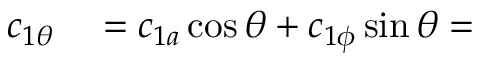
\begin{array} { r l } { c _ { 1 \theta } } & { { } = c _ { 1 a } \cos \theta + c _ { 1 \phi } \sin \theta = } \end{array}